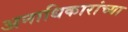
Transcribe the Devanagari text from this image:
अनाधिकारांच्या